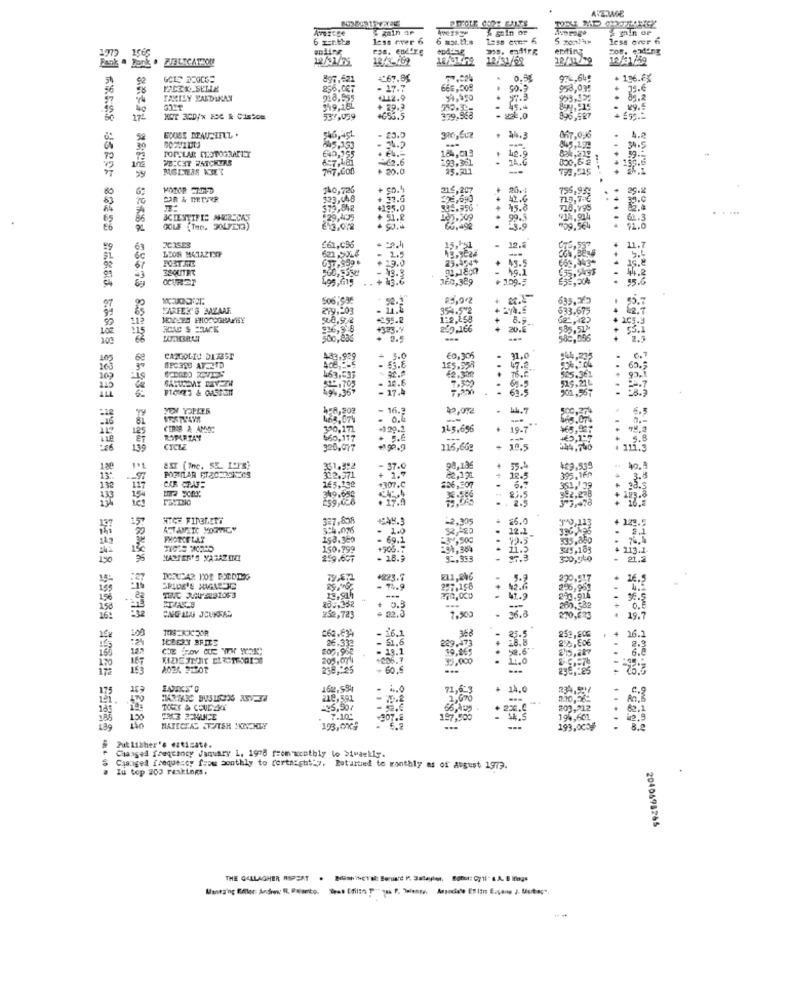
AVERAGE
gain ar
& gtin or
2 min or
less over 6
less over 6
enting
Fos. ending
Bank a Bank . ZIELICATION
1565
12/3-762
12/31/68
92
897,621
€67.95
974,64€
196.6%
- 17.7
66E,008
958,03:
FAMILY PALDIKAN
218.555
#212.9
97.3
. 85.2
No
+ 29.3
175
NOT 300/* FSC & CISPON
537,039
4685.5
379,958
1.0
896,527
310,602
667,096
4.@
39
TOPSLAR COTOGRAFIT
₩45,333
184,013
845,192
WEICHT WATCREAS
€40,155
-62.6
193,361
42.
+ 155.6
767.600
+ 20.0
25.301
-
80
$40, 726
216,207
755,95;
29.2
CAR & MURR
523,448
+ 37.6
42.6
$70,012
+185.0
+ 45.8
718,195
.....
99.3
914,914
61.3
GOLF (THe. 30LFET3)
66,492
.
-3.9
#09,964
11.0
15,151
=9
LEON METAZTNY
£61,c96
621,5014
12.6
11.7
POST.ME
49.5
61
- 43.3
19.0
14.2
. + 43.6
360,389
+ 109.5
.
15.6
* 52.]
85,002
50.7
85
PARFEY'S MAZAAF
279.203
- 11.4
633.675
62.7
+155.2
+
8.9
105.3
+323.7
249.166
20.6
$85,51>
...
55.1
100
66
500,836
. 9.5
---
31.0
105
CARGOLIO DIFEST
433,989
+ 5.0
€0,305
6.7
ST.
47.2 ..
525.362
109
463,533
10.6
7.500
69.5
115
- 17.4
63.5
....
ALL
NEW YOPLER
458,203
- 16.3
40,002
.
14.7
,274
6.9
468,074
. 0.
--
...
565.00%
CERAR & AMAC
390,171
145,696
.
19-7
74.2
the
ROPARTAY
460,117
+€5,1*
:26
139
CYCLE
320,077
90.9
115,66g
19.5
. 111.3
188
251.3:2
332.971
- 37.0
98,136
55.4
459,559
395,16p
40.9
-107.C
+ 1.7
12.5
3.3
154
165,138
6.7
351,1 39
81.5
375,478
123.8
.....
137
157
HTCH FINGLETT
649.3
-2,305
$5.0
+ 129.5
ATTANETC YOURWNICY
- 1.0
32 ,- 20
12.1
336 ,- 25
2.1
FHOTCE LAT
: 69.1
99.5
$35,850
150.799
11.5
$49,183
+ 113.1.
150
MASTER'S XAGAZETEL
259.697
- 18.9
9 -. 353
300,040
-
21.2
+223.7
211,246
220,51.7
16.5
257.198
296.953
156
257.352
-
41.9
2:0.914
150
· 22.3
0.3
360,332
16:
232,723
7,500
- 36.8
270,623
19.7
100
16.1
252,806
4
16.1
IEDERY BRITE
- 51.6
229.473
25.5
28.8
2%,E06
2.3
12
- 13.1
19,865
52.6""
6.8
170
205,0741
1206.7
35,000
....
1,0
172
15
238 ,: 25
60,6
175
164.594
.
71,623
+ 14,0
234,5.7
C.9
218,591
2,600
- 52.4
56,AUS
224.0
203,212
82.1
185
7.10'
-307.8
197,900
189
HATICTAC &TVTSH IKINCHLY
193,0%$
193,0009
8.0
Publisher's ezticate.
Changed freqtancy January 1. 1978 frem wrathly lo >ivaekly.
& Changed frequency from monthly to fortnightly, Beturned to monthly as of August 1973.
Tu top 200 reskings.
2040598265